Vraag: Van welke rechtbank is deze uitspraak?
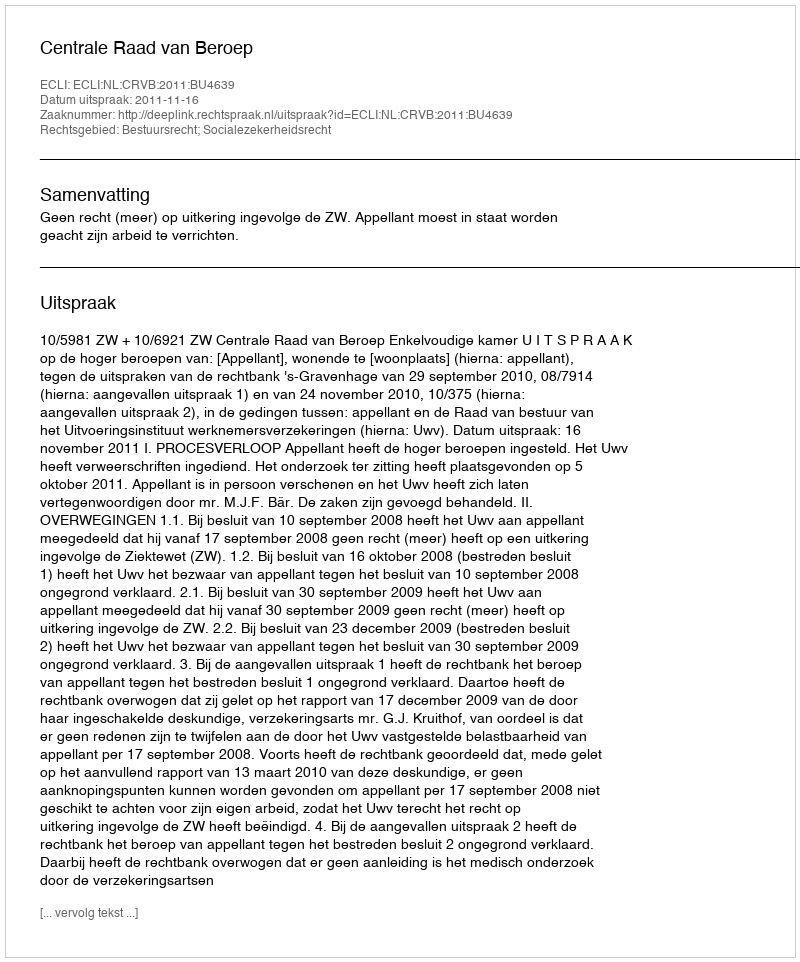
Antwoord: Centrale Raad van Beroep